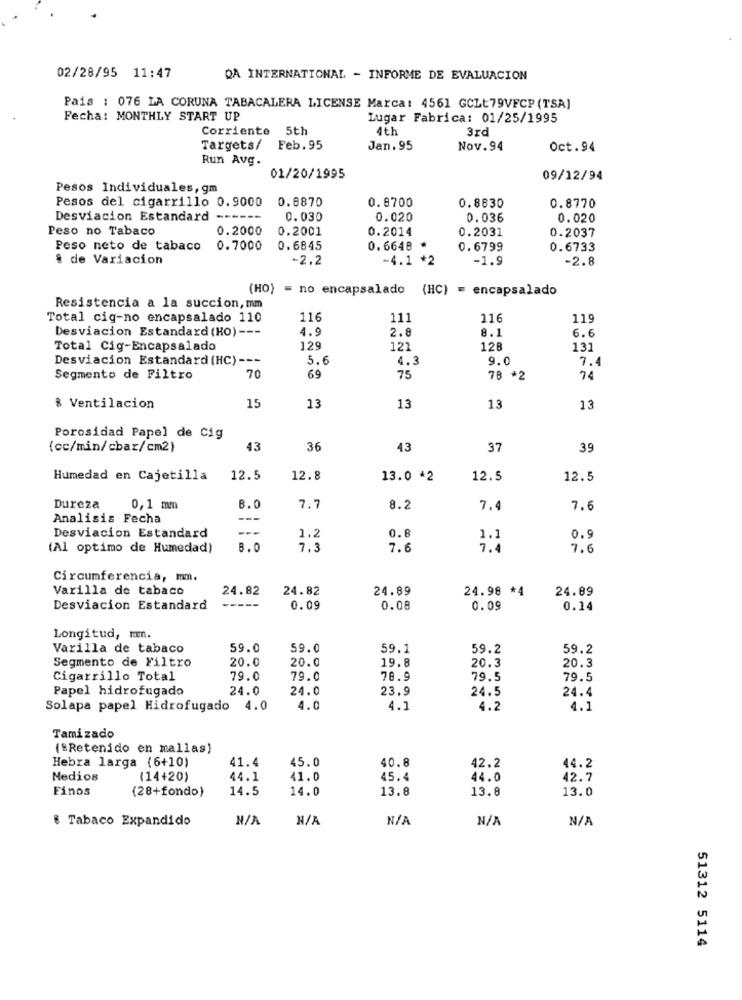
02/28/95 11:47
QA INTERNATIONAL - INFORME DE EVALUACION
Pais : 076 LA CORUNA TABACALERA LICENSE Marca: 4561 GCLt79VFCP (TSA)
Fecha: MONTHLY START UP
Lugar Fabrica: 01/25/1995
Corriente 5th
4th
3rd
Targets/
Feb.95
Jan. 95
Nov.94
Oct.94
Run Avg.
01/20/1995
09/12/94
Pesos Individuales, gm
Pesos del cigarrillo 0.9000
0.8870
0.8700
0.8830
0.8770
Desviacion Estandard ----
0.030
0.020
0.036
0.020
Peso no Tabaco
0.2000
0.2001
0.2014
0.2031
0.2037
Peso neto de tabaco
0.7000
0.6845
0.6648 *
0.6799
0.6733
8 de Variacion
-2.2
-4.1 *2
-1.9
-2.8
(HO) = no encapsalado
(HC) = encapsalado
Resistencia a la succion, mm
Total cig-no encapsalado 110
116
111
116
119
Desviacion Estandard (HO) ---
4.9
2.8
6.6
8.1
Total Cig-Encapsalado
129
121
12
131
Desviacion Estandard (HC) ---
5.6
4.3
9.0
7.
Segmento de Filtro
70
69
75
78 *2
74
% Ventilacion
15
13
13
13
13
Porosidad Papel de Cig
(cc/min/cbar/cm2)
43
36
43
37
39
Humedad en Cajetilla
12.5
12.8
13.0 *2
12.5
12.5
Dureza
0,1 mm
B.0
7.7
8.2
7.4
7.6
Analisis Fecha
---
Desviacion Estandard
1.2
0.8
1.1
0.9
(Al optimo de Humedad)
8.0
7.3
7.6
7.4
7.6
Circunferencia, mm.
Varilla de tabaco
24.82
24.82
24.89
24.98 *4
24.89
Desviacion Estandard
---
0.09
0.08
0.09
0.14
Longitud, mmm.
Varilla de tabaco
59.0
59.0
59.1
59.2
59.2
Segmento de Filtro
19.8
20.3
20.3
20.0
20.0
Cigarrillo Total
79.0
79.0
78.9
79.5
79.5
Papel hidrofugado
24.0
24.0
23.9
24.5
24.4
Solapa papel Hidrofugado 4.0
4.0
4.1
4.2
4.1
Tami zado
("Retenido en mallas)
41.4
45.0
40.8
42.2
Hebra larga (6+10)
44.2
Medios
(14+20)
44.1
41.0
45.4
44.0
42.7
Finos
(28+fondo)
14.5
14.0
13.8
13.8
13.0
8 Tabaco Expandido
51312 5114